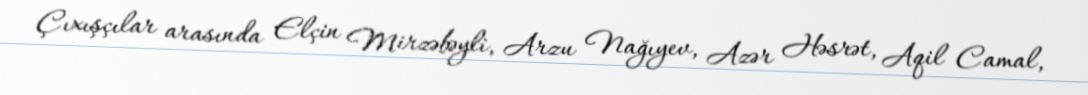
Çıxışçılar arasında Elçin Mirzəbəyli, Arzu Nağıyev, Azər Həsrət, Aqil Camal,